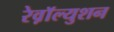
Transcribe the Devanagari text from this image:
रेव़ाॅल्युशन